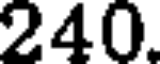
240.